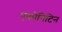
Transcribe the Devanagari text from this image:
एकोनिटिन